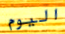
اليوم